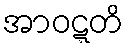
အာဝဋ္ဋတိ